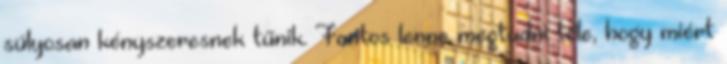
súlyosan kényszeresnek tűnik. Fontos lenne megtudni tőle, hogy miért